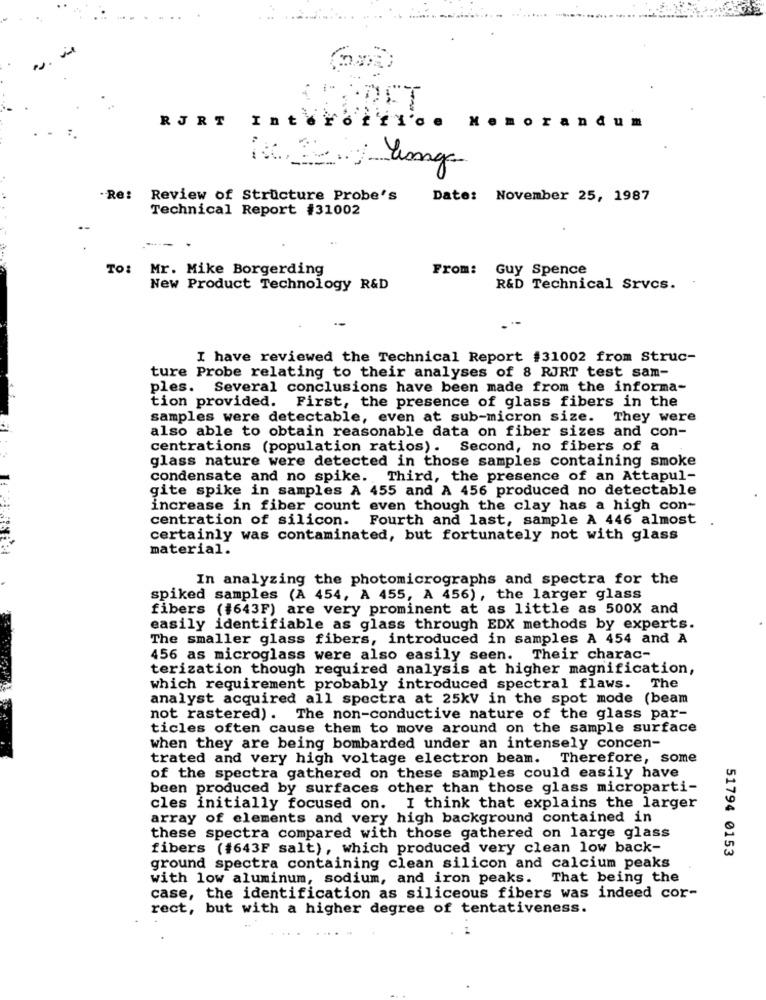
RJRT Interoffl'a
orandum
Enga
-Re: Review of Structure Probe's
Date: November 25, 1987
Technical Report #31002
To: Mr. Mike Borgerding
From: Guy Spence
New Product Technology R&D
R&D Technical Srvcs.
I have reviewed the Technical Report #31002 from Struc-
ture Probe relating to their analyses of 8 RJRT test sam-
ples. Several conclusions have been made from the informa-
tion provided. First, the presence of glass fibers in the
samples were detectable, even at sub-micron size. They were
also able to obtain reasonable data on fiber sizes and con-
centrations (population ratios). Second, no fibers of a
glass nature were detected in those samples containing smoke
condensate and no spike. Third, the presence of an Attapul-
gite spike in samples A 455 and A 456 produced no detectable
increase in fiber count even though the clay has a high con-
centration of silicon. Fourth and last, sample A 446 almost
certainly was contaminated, but fortunately not with glass
material.
In analyzing the photomicrographs and spectra for the
spiked samples (A 454, A 455, A 456), the larger glass
fibers (#643F) are very prominent at as little as 500X and
easily identifiable as glass through EDX methods by experts.
The smaller glass fibers, introduced in samples A 454 and A
456 as microglass were also easily seen. Their charac-
terization though required analysis at higher magnification,
which requirement probably introduced spectral flaws. The
analyst acquired all spectra at 25kV in the spot mode (beam
not rastered). The non-conductive nature of the glass par-
ticles often cause them to move around on the sample surface
when they are being bombarded under an intensely concen-
trated and very high voltage electron beam. Therefore, some
of the spectra gathered on these samples could easily have
been produced by surfaces other than those glass microparti-
cles initially focused on. I think that explains the larger
array of elements and very high background contained in
these spectra compared with those gathered on large glass
fibers (#643F salt), which produced very clean low back-
51794 0153
ground spectra containing clean silicon and calcium peaks
with low aluminum, sodium, and iron peaks. That being the
case, the identification as siliceous fibers was indeed cor-
rect, but with a higher degree of tentativeness.